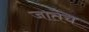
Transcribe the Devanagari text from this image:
जातेच